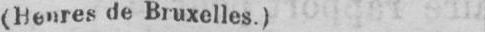
(Heures de Bruxelles.)